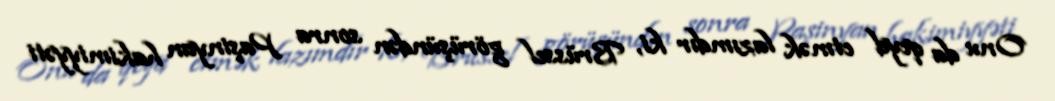
Onu da qeyd etmək lazımdır ki, Brüssel görüşündən sonra Paşinyan hakimiyyəti